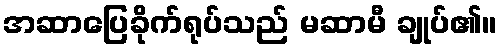
အဆာပြေခိုက်ရုပ်သည် မဆာမီ ချုပ်၏။